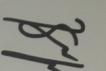
Signature authenticity: genuine